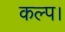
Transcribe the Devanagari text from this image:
कल्प।